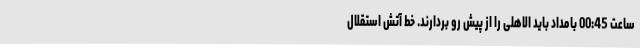
ساعت 00:45 بامداد باید الاهلی را از پیش رو بردارند. خط آتش استقلال